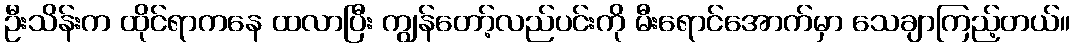
ဦးသိန်းက ထိုင်ရာကနေ ထလာပြီး ကျွန်တော့်လည်ပင်းကို မီးရောင်အောက်မှာ သေချာကြည့်တယ်။